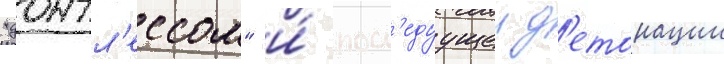
"донтл'ессом" и́ посл'едуущеи д'етонации